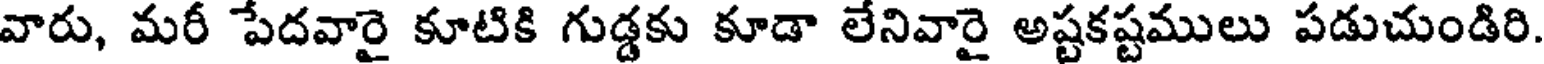
వారు, మరీ పేదవారై కూటికి గుడ్డకు కూడా లేనివారై అష్టకష్టములు పడుచుండిరి